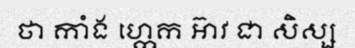
ថា កាំង ហ្កេក អ៊ាវ ជា សិស្ស